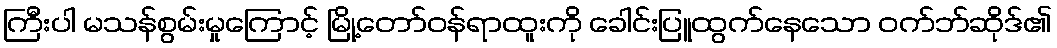
ကြီးပါ မသန်စွမ်းမှုကြောင့် မြို့တော်ဝန်ရာထူးကို ခေါင်းပြူထွက်နေသော ဝက်ဘ်ဆိုဒ်၏